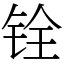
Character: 铨